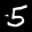
Label: 5